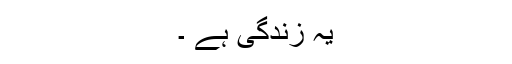
یہ زندگی ہے ۔